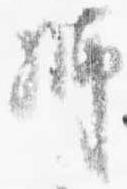
師